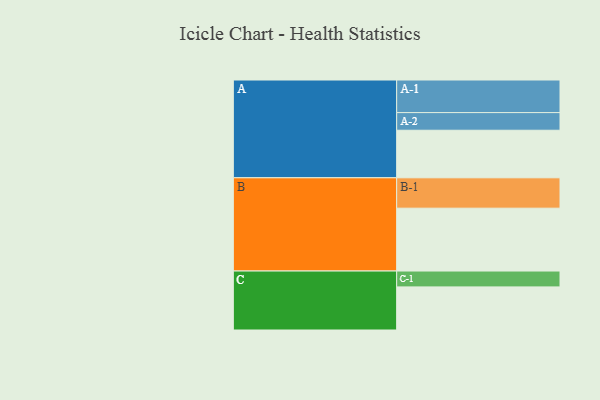
{"axis": {"x": "Segment", "y": "Value"}, "legend": ["", "A", "B", "C"], "data": [{"x": "A", "y": 426, "type": ""}, {"x": "B", "y": 563, "type": ""}, {"x": "C", "y": 386, "type": ""}, {"x": "A-1", "y": 292, "type": "A"}, {"x": "A-2", "y": 158, "type": "A"}, {"x": "B-1", "y": 272, "type": "B"}, {"x": "C-1", "y": 142, "type": "C"}]}